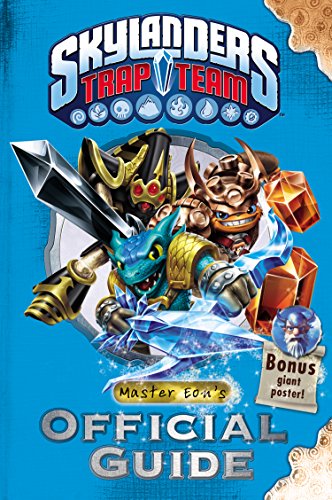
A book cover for Skylanders Trap Team: Master Eon's Official Guide (Skylanders Universe); Activision Publishing  Inc.; Children's Books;